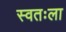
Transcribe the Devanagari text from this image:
स्‍वतःला